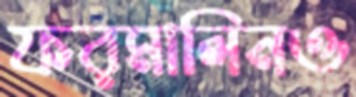
ফরমালিনও